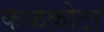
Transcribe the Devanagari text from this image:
कळकोटा